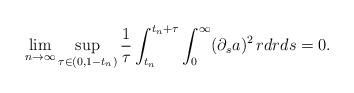
LaTeX: \begin{align*}\lim_{n\to\infty}\sup_{\tau\in (0,1-t_n)}\frac{1}{\tau}\int_{t_n}^{t_n+\tau}\int_0^{\infty}(\partial_sa)^2\,rdrds=0.\end{align*}